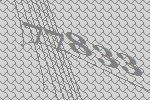
77833